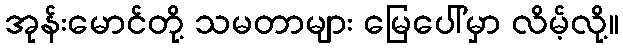
အုန်းမောင်တို့ သမတာများ မြေပေါ်မှာ လိမ့်လို့။